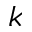
k